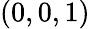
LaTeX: (0,0,1)